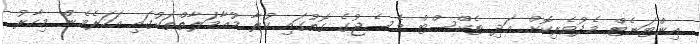
އިންޓަނެޓް މެދުވެރިކޮށް އަދި ޓެކްސްޓް މެސެޖުގެ ގޮތުގައި ކުރާ މުއާމަލާތްތަކުގައި އަހަރެމެން މިހާރު